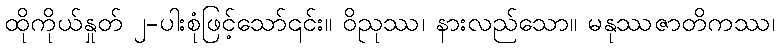
ထိုကိုယ်နှုတ် ၂-ပါးစုံဖြင့်သော်၎င်း။ ဝိညုဿ၊ နားလည်သော။ မနုဿဇာတိကဿ၊